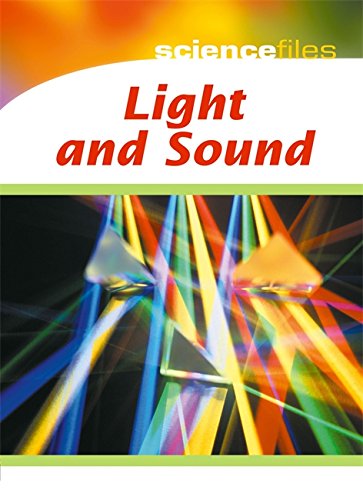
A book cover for Light and Sound (Science Files); Chris Oxlade; Children's Books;